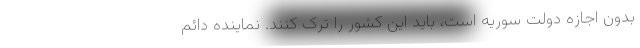
بدون اجازه دولت سوریه است، باید این کشور را ترک کنند. نماینده دائم